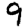
Digit: 9